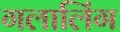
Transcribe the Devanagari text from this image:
गलालिंग